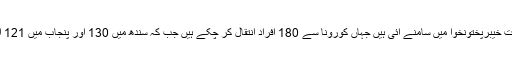
اب تک سب سے زیادہ اموات خیبرپختونخوا میں سامنے آئی ہیں جہاں کورونا سے 180 افراد انتقال کر چکے ہیں جب کہ سندھ میں 130 اور پنجاب میں 121 افراد جاں بحق ہو چکے ہیں۔